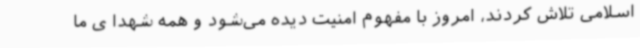
اسلامی تلاش کردند، امروز با مفهوم امنیت دیده می‌شود و همه شهدا ی ما